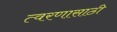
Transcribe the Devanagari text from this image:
त्वरणासाठी